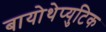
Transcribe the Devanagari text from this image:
बायोथेप्युटिक